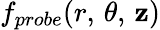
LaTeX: f_{probe}(r,\, \theta,\, \mathbf{z})